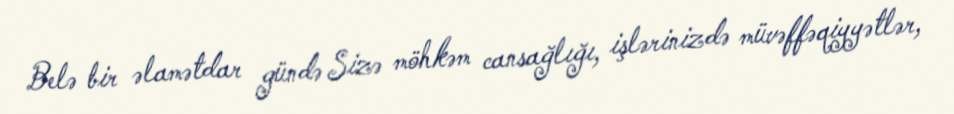
Belə bir əlamətdar gündə Sizə möhkəm cansağlığı, işlərinizdə müvəffəqiyyətlər,